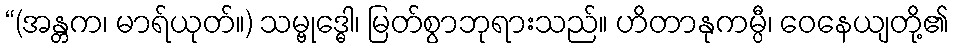
“(အန္တက၊ မာရ်ယုတ်။) သမ္ဗုဒ္ဓေါ၊ မြတ်စွာဘုရားသည်။ ဟိတာနုကမ္ပီ၊ ဝေနေယျတို့၏